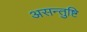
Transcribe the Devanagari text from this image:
असन्तुष्टि